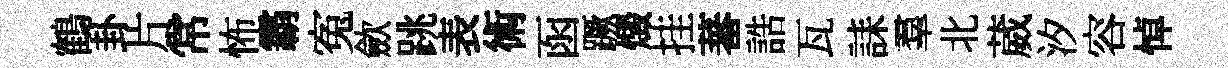
鶴卦片常怖霸寃歛跳表術函蹶燬挂蕃誥瓦誄羣北葳汐容悼